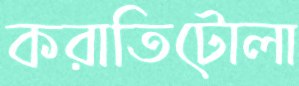
করাতিটোলা